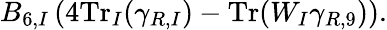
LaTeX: B_{6,I}\left(4\mathrm{Tr}_{I}(\gamma_{R,I})-\mathrm{Tr}(W_{I}\gamma_{R,9})\right).